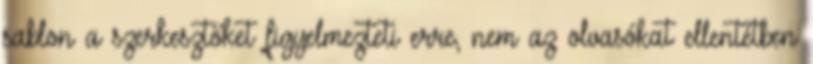
sablon a szerkesztőket figyelmezteti erre, nem az olvasókat ellentétben